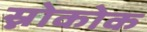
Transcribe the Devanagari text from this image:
स्नोकोक